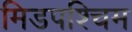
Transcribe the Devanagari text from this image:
मिडपश्चिम